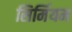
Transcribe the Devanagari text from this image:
सिर्मियम